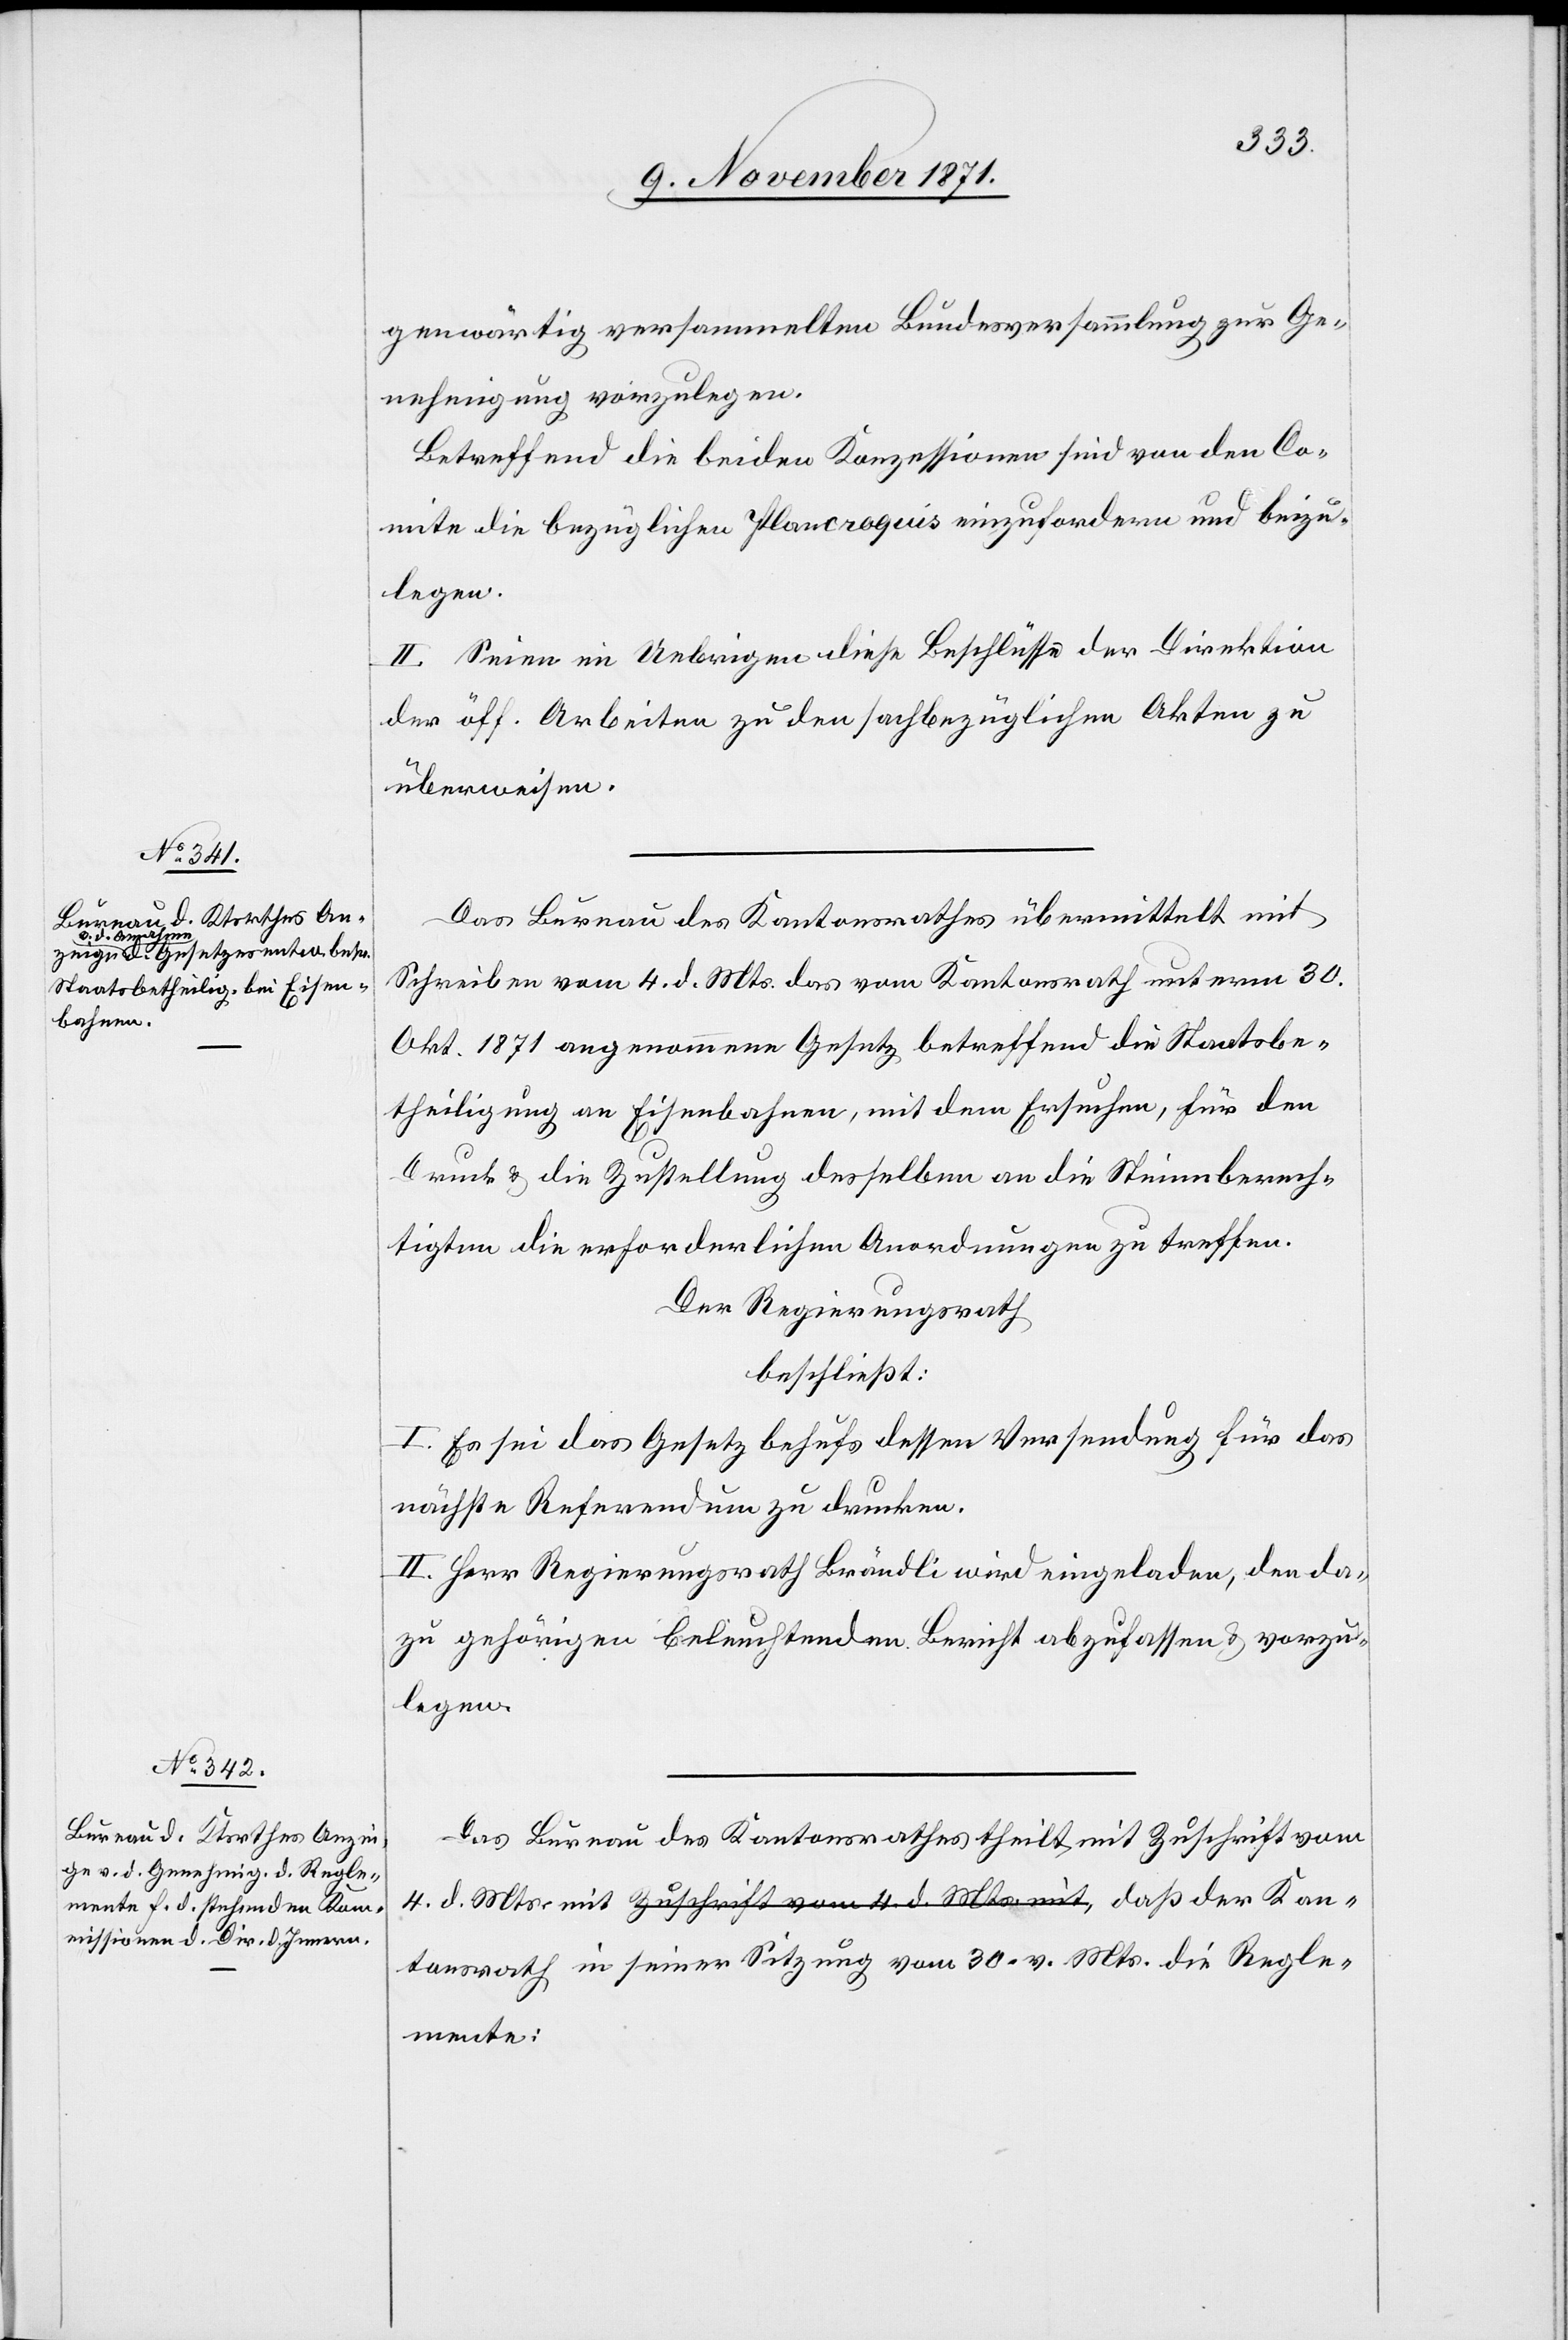
der Kan¬

genwärtig versammelten Bundesversammlung zur Ge¬
nehmigung vorzulegen.
Betreffend die beiden Konzessionen sind von den Co¬
mite die bezüglichen Plancroquis einzufordern und beizu¬
legen.
[sic!] Seien im Uebrigen diese Beschlüße der Direktion
der öff. Arbeiten zu den sachbezüglichen Akten zu
überweisen.
Das Bureau des Kantonsrathes übermittelt mit
Schreiben vom 4. d. Mts. das vom Kantonsrath unterm 30.
Okt. 1871 angenommene Gesetz betreffend die Staatsbe¬
theiligung an Eisenbahnen, mit dem Ersuchen, für den
Druck & die Zustellung desselben an die Stimmberech¬
tigten die erforderlichen Anordnungen zu treffen.
Der Regierungsrath
beschließt:
I. Es sei das Gesetz behufs dessen Versendung für das
nächste Referendum zu drucken.
II. Herr Regierungsrath Brändli wird eingeladen, den da¬
zu gehörigen beleuchtenden Bericht abzufassen & vorzu¬
legen.
Das Bureau des Kantonsrathes theilt mit Zuschrift vom
tonsrath in seiner Sitzung vom 30. v. Mts. die Regle¬
mente: